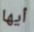
أيها